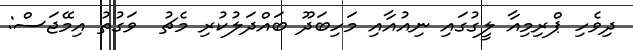
ދިވެހި ޕްރިމިއާ ލީގުގައި ނިއުއާއި މަހިބަދޫ ބައްދަލުކުރި މެޗު  ވަގުތު އިމޭޖަސް: